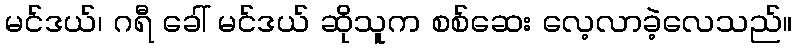
မင်ဒယ်၊ ဂရီ ခေါ် မင်ဒယ် ဆိုသူက စစ်ဆေး လေ့လာခဲ့လေသည်။